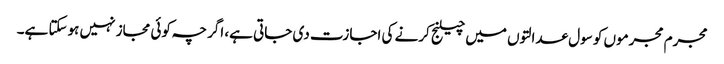
مجرم مجرموں کو سول عدالتوں میں چیلنج کرنے کی اجازت دی جاتی ہے، اگرچہ کوئی مجاز نہیں ہوسکتا ہے۔